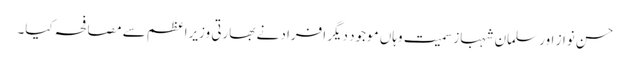
حسن نواز اور سلمان شہباز سمیت وہاں موجود دیگر افراد نے بھارتی وزیراعظم سے مصافحہ کیا۔